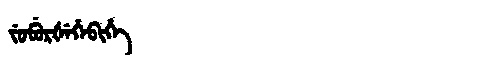
Manchu: ᠵᡠᠪᡠᡵᡧᡝᡥᡝᠪᡳᡥᡝ
Romanization: JUBURŠEHEBIHE